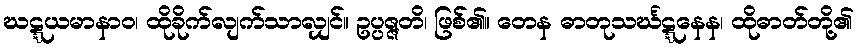
ဃဋ္ဋယမာနာဝ၊ ထိုခိုက်လျက်သာလျှင်။ ဥပ္ပဇ္ဇတိ၊ ဖြစ်၏။ တေန ဓာတုသင်္ဃဋ္ဋနေန၊ ထိုဓာတ်တို့၏